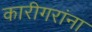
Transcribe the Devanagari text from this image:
कारीगरांना